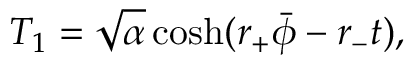
T _ { 1 } = \sqrt { \alpha } \cosh ( r _ { + } \bar { \phi } - r _ { - } t ) ,